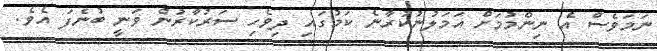
ނަމަވެސް އެ ނިންމުމަށް އަމަލުނުކުރާނެ ކަމުގައި ދިވެހި ސަރުކާރުން ވަނީ ބުނެފަ އެވެ.